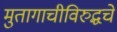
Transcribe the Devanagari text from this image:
मुतागाचीविरुद्धचे